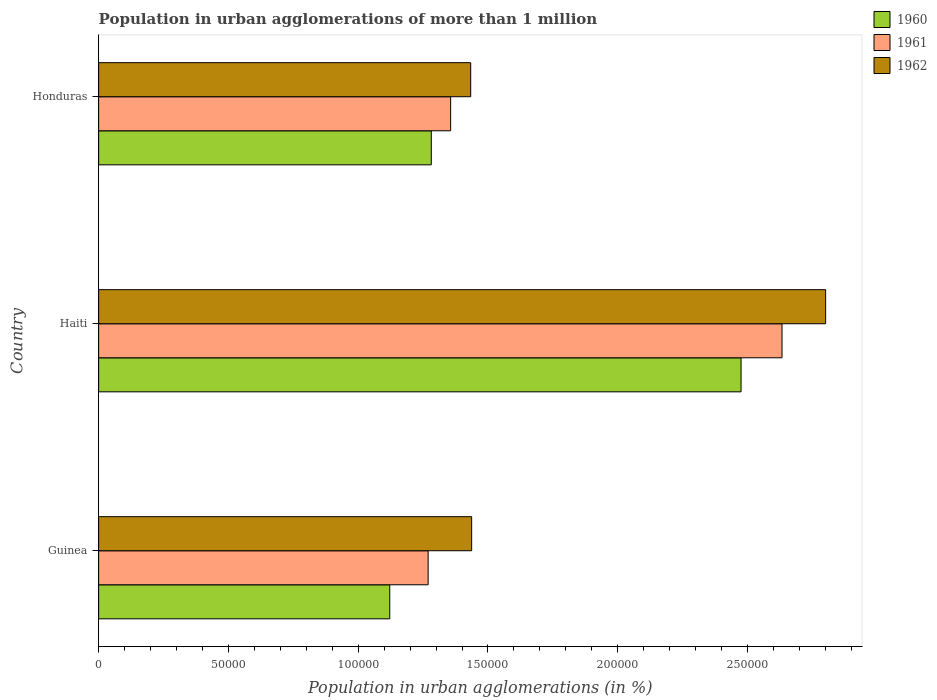
| Country | 1960 | 1961 | 1962 |
 | --- | --- | --- | --- |
 | Guinea | 1.12e+05 | 1.27e+05 | 1.44e+05 |
 | Haiti | 2.47e+05 | 2.63e+05 | 2.8e+05 |
 | Honduras | 1.28e+05 | 1.36e+05 | 1.43e+05 |